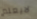
لايعلم